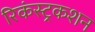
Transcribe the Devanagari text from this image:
रिकंस्ट्रकशन